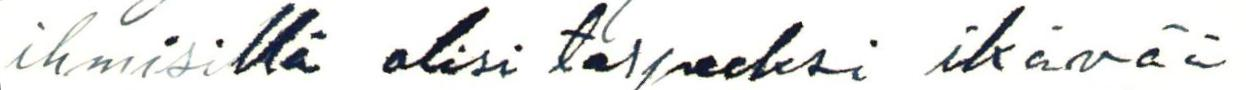
ihmisillä olisi tarpeeksi ikävää